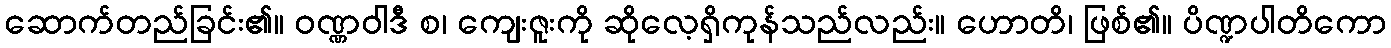
ဆောက်တည်ခြင်း၏။ ဝဏ္ဏဝါဒီ စ၊ ကျေးဇူးကို ဆိုလေ့ရှိကုန်သည်လည်း။ ဟောတိ၊ ဖြစ်၏။ ပိဏ္ဍပါတိကော